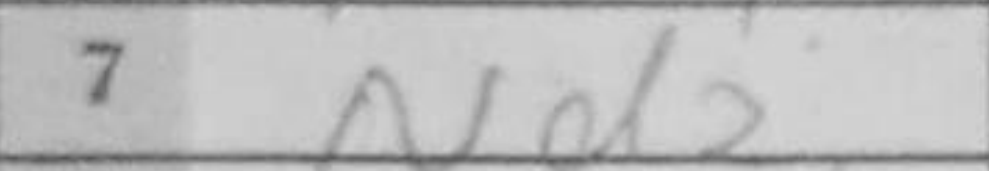
Transcription: Nd2